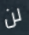
لن